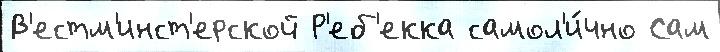
В'естм'инст'ерской Р'еб'екка самол'и́чно Сам